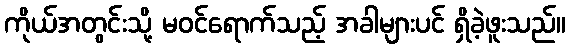
ကိုယ်အတွင်းသို့ မဝင်ရောက်သည့် အခါများပင် ရှိခဲ့ဖူးသည်။